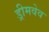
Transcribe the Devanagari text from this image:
ड्रीमवेव